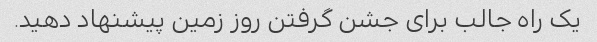
یک راه جالب برای جشن گرفتن روز زمین پیشنهاد دهید.